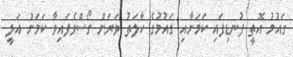
ގައުމު އޮތީ ފުނޑިފައި ކަމަށާއި ގައުމުގެ ހާލަތު ވަރަށް ގޯސްވެފައިވާ ކަމަށް އަލީ